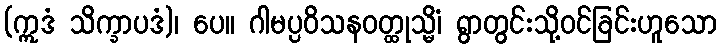
(ဣဒံ သိက္ခာပဒံ)၊ ပေ။ ဂါမပ္ပဝိသနဝတ္ထုသ္မိံ၊ ရွာတွင်းသို့ဝင်ခြင်းဟူသော